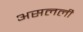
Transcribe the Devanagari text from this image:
असलली